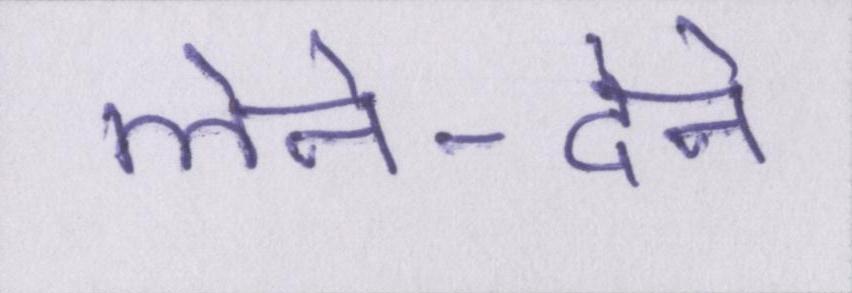
लेने-देने